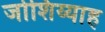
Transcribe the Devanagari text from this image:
जोशिय्याह